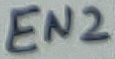
Text: EN2